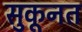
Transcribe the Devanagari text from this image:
सुकूनत